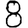
Digit: 8